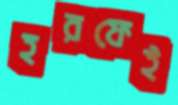
হরফেই